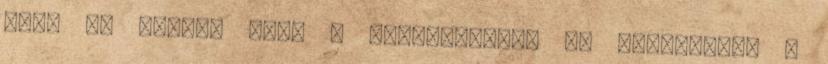
hogy az évadok után a győzteseknél is kiemeltebb a